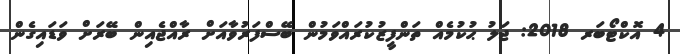
4 އޮކްޓޯބަރ 2018: ޖަލު ޙުކުމެއް ތަންފީޒުކުރައްވަމުން ބޭސްފަރުވާއަށް ރާއްޖެއިން ބޭރަށް ވަޑައިގެން